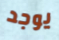
يوجد